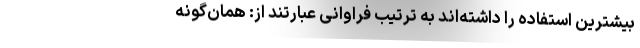
بیشترین استفاده را داشته‌اند به ترتیب فراوانی عبارتند از: همان‌گونه